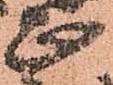
正